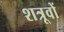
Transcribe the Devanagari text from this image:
शत्रूवों